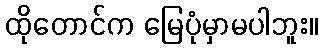
ထိုတောင်က မြေပုံမှာမပါဘူး။